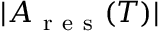
| A _ { \mathrm { ~ r ~ e ~ s ~ } } ( T ) |